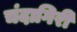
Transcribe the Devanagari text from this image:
चंदागिरी